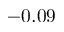
- 0 . 0 9